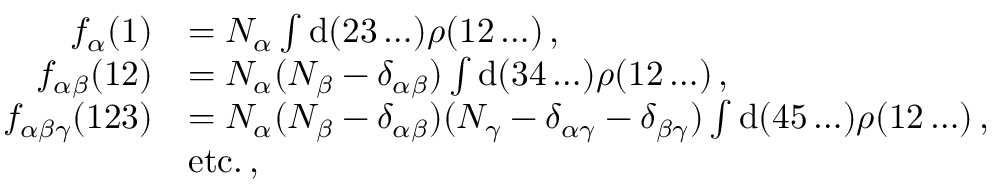
\begin{array} { r l } { f _ { \alpha } ( 1 ) } & { = N _ { \alpha } \int \mathrm { d } ( 2 3 \ldots ) \rho ( 1 2 \ldots ) \, , } \\ { f _ { \alpha \beta } ( 1 2 ) } & { = N _ { \alpha } ( N _ { \beta } - \delta _ { \alpha \beta } ) \int \mathrm { d } ( 3 4 \ldots ) \rho ( 1 2 \ldots ) \, , } \\ { f _ { \alpha \beta \gamma } ( 1 2 3 ) } & { = N _ { \alpha } ( N _ { \beta } - \delta _ { \alpha \beta } ) ( N _ { \gamma } - \delta _ { \alpha \gamma } - \delta _ { \beta \gamma } ) \int \mathrm { d } ( 4 5 \ldots ) \rho ( 1 2 \ldots ) \, , } \\ & { \mathrm { e t c . \, , } } \end{array}